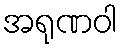
အရုဏဝါ